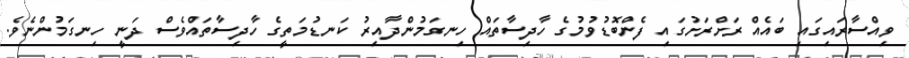
ވިއްސާރައިގައި ބައެއް ރަށްރަށުގައި ފެންބޮޑުވުމުގެ ހާދިސާތައް ހިނގަމުންދާއިރު ކަނޑުމަތީގެ ހާދިސާތައްވެސް ދަނީ ހިނގަމުންނެވެ.